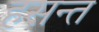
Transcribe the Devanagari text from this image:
हसन्त